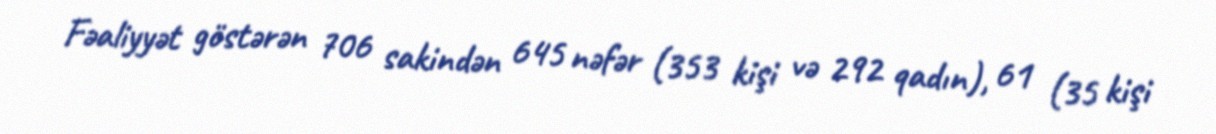
Fəaliyyət göstərən 706 sakindən 645 nəfər (353 kişi və 292 qadın), 61 (35 kişi